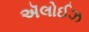
ઍલોઈઝ